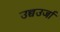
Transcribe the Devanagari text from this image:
उच्चउर्जा